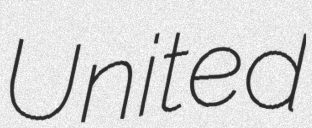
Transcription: United